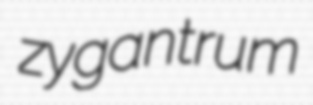
zygantrum